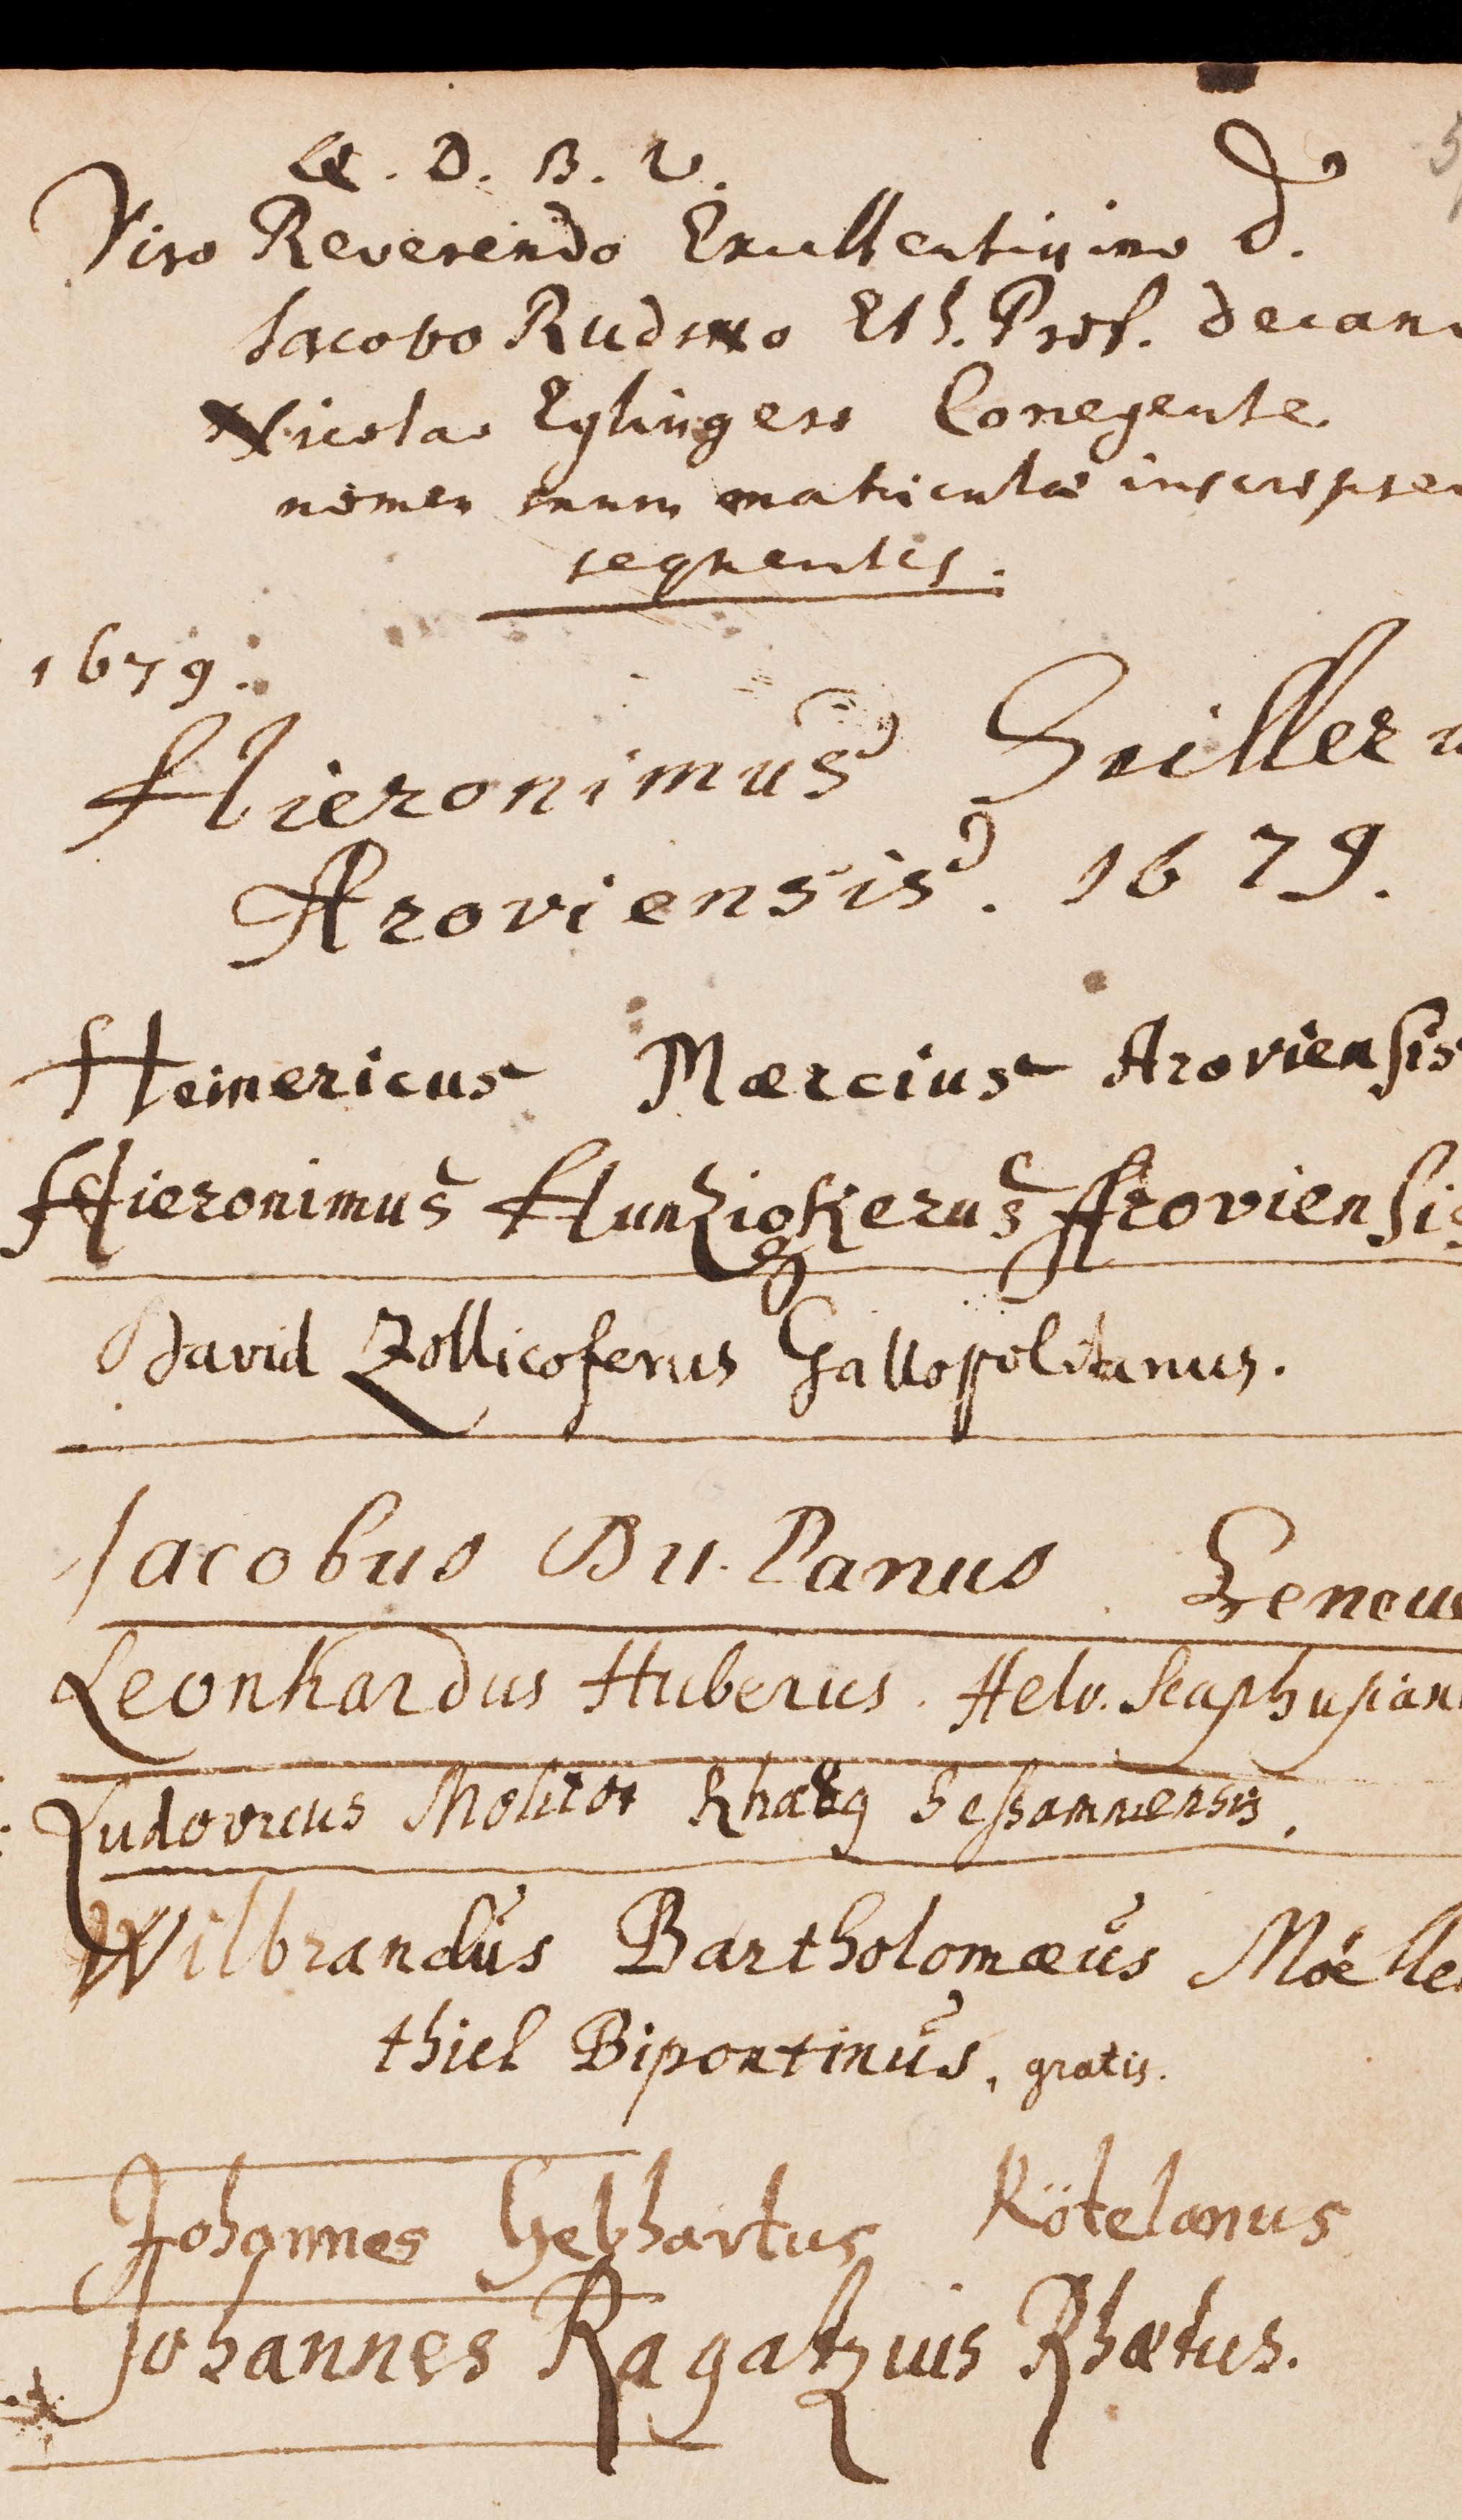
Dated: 1599–1837